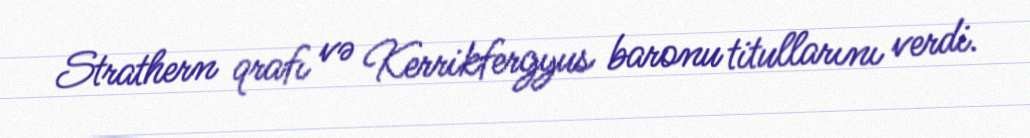
Strathern qrafı və Kerrikfergyus baronu titullarını verdi.